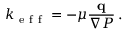
k _ { \mathrm { ~ e ~ f ~ f ~ } } = - \mu \frac { { \bf q } } { \nabla P } \, .